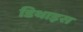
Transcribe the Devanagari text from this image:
डिथाइस